65_HS1-834228961_62-HQ-83894_Section_6
Agency: FBI
Page 46
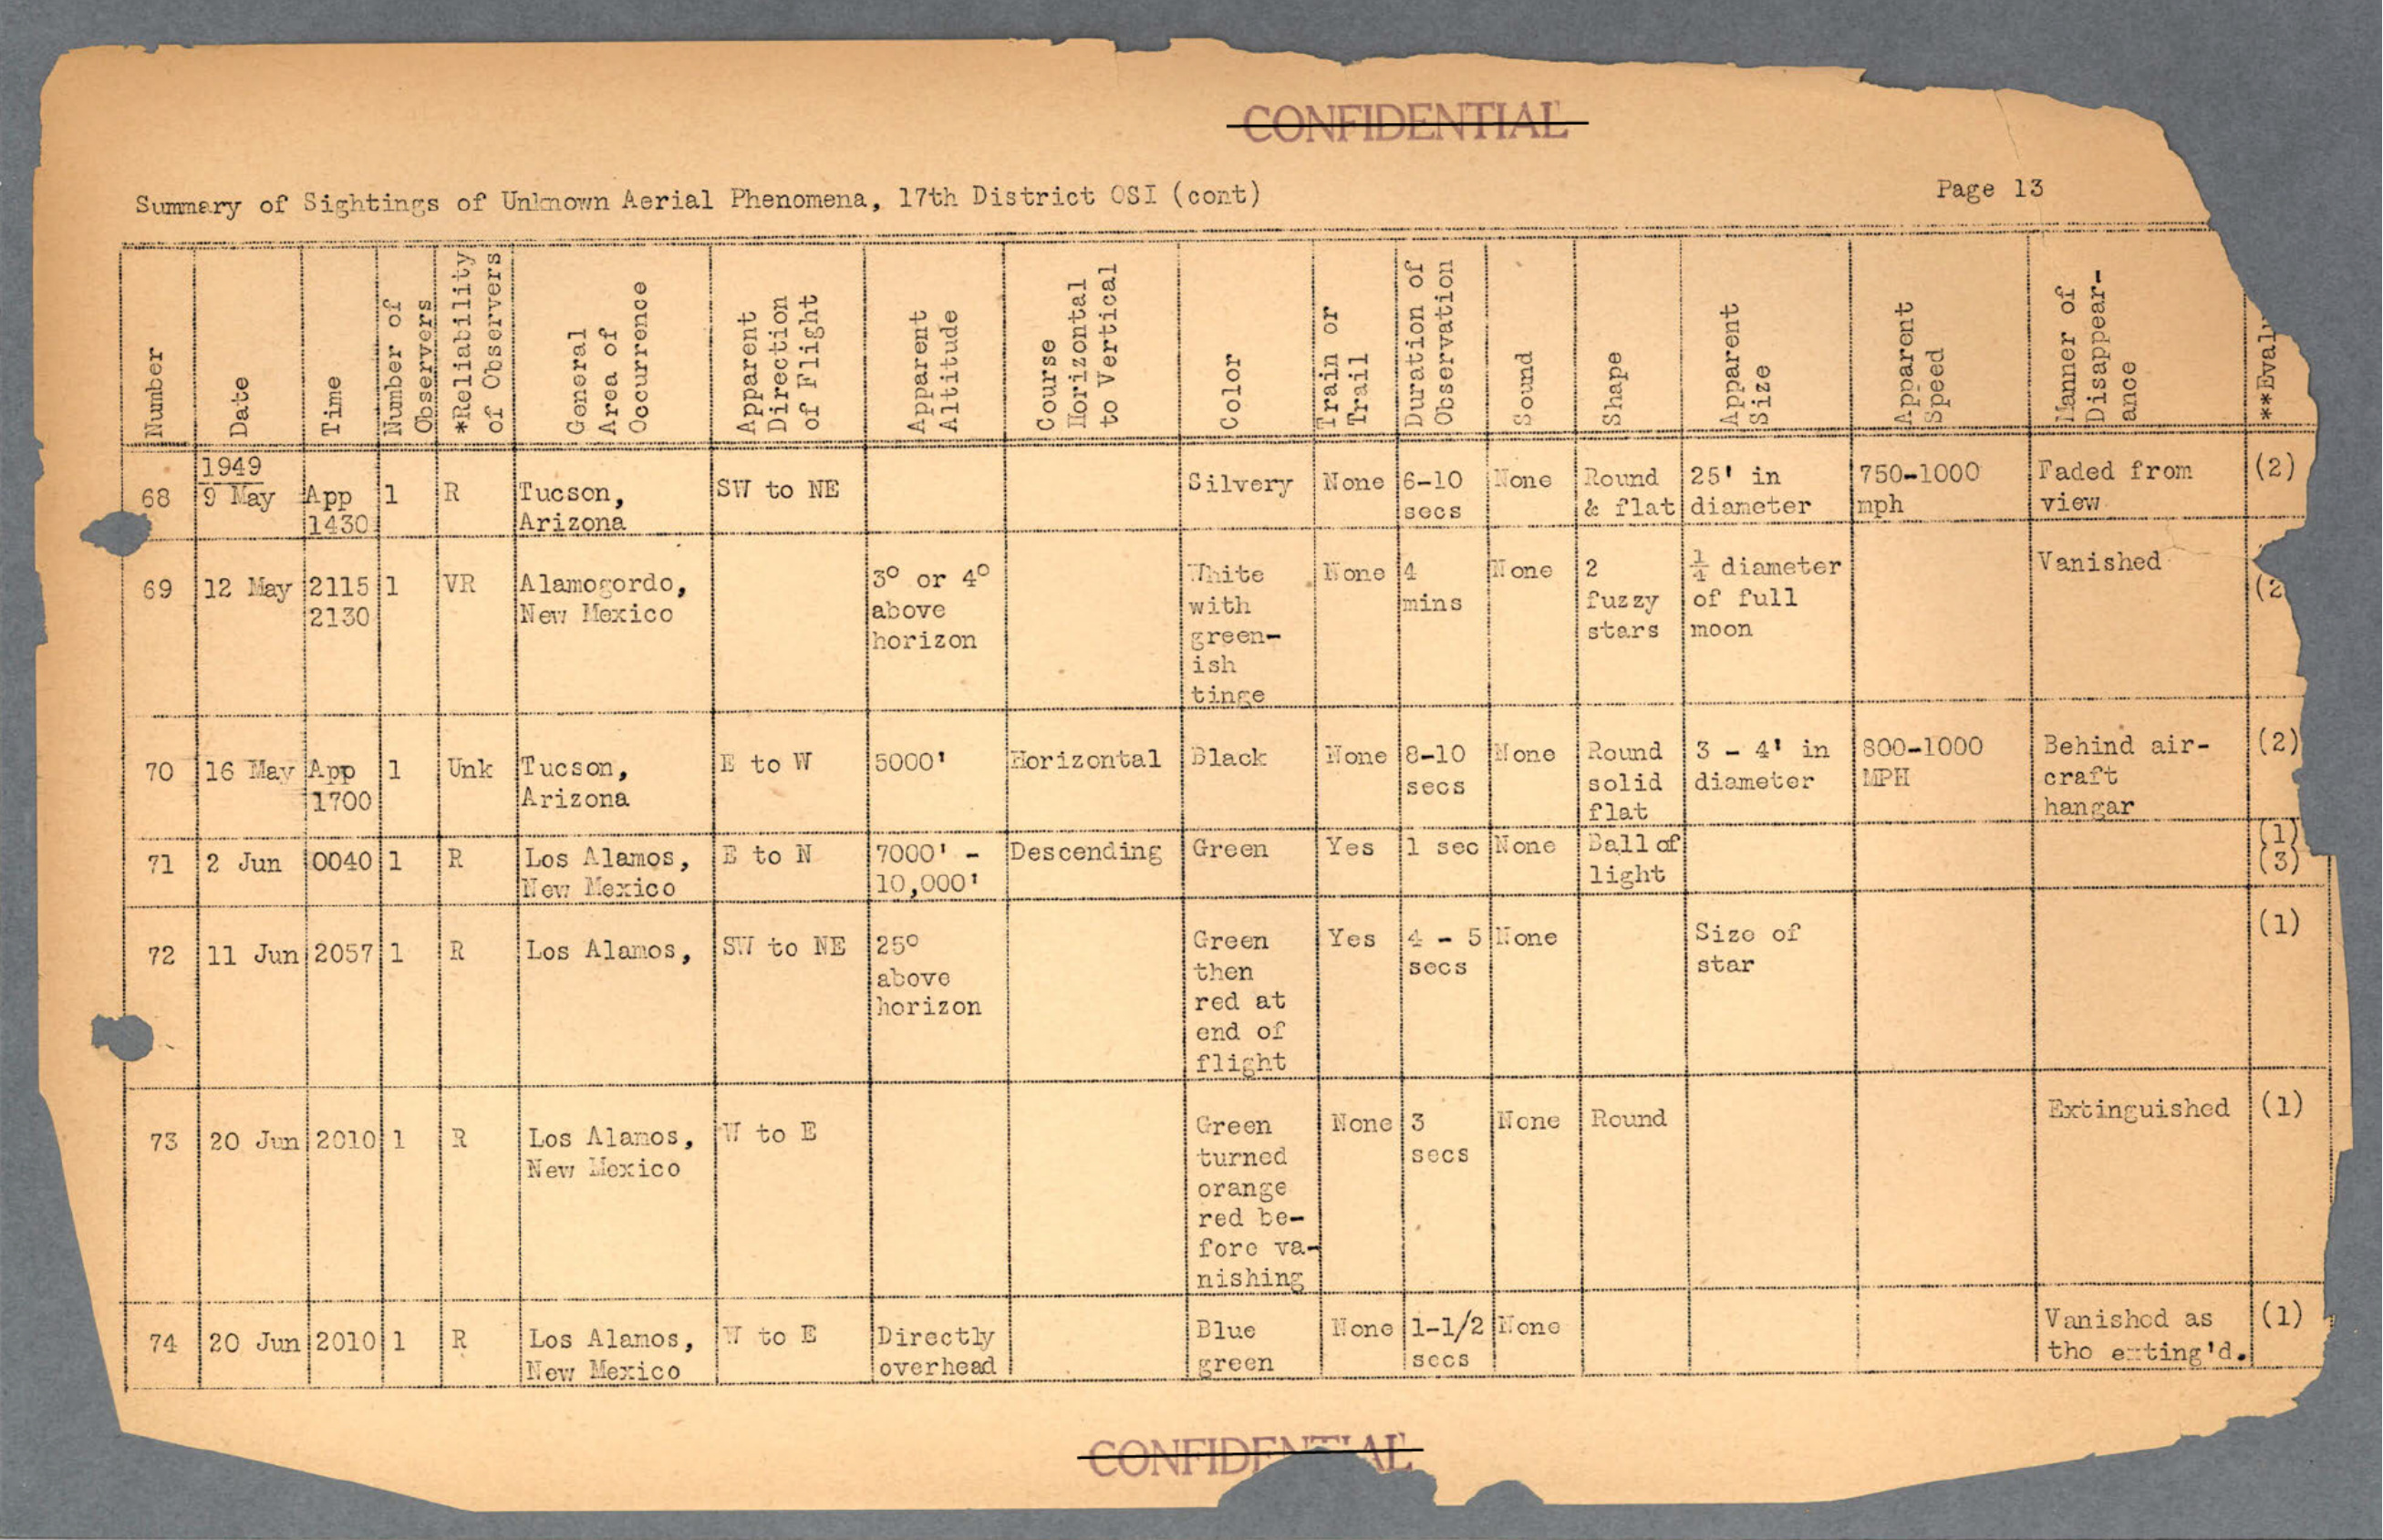